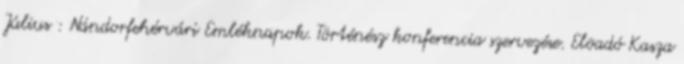
Július : Nándorfehérvári Emléknapok. Történész konferencia szervezése. Elõadó Kasza